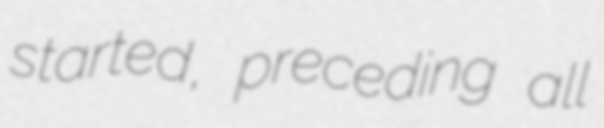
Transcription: started, preceding all